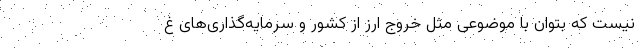
نیست که بتوان با موضوعی مثل خروج ارز از کشور و سرمایه‌گذاری‌های غ